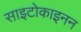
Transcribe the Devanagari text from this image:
साइटोकाइनन